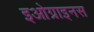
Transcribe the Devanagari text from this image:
इओग्राइनस